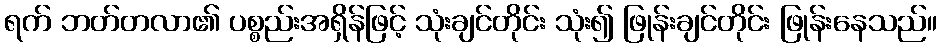
ရက် ဘတ်တလာ၏ ပစ္စည်းအရှိန်ဖြင့် သုံးချင်တိုင်း သုံး၍ ဖြုန်းချင်တိုင်း ဖြုန်းနေသည်။